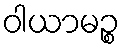
ဝါယာမဉ္စ